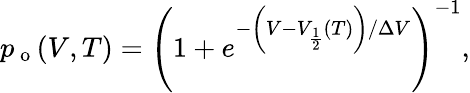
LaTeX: \begin{array}{r}{p_{\mathrm{~o~}}(V,T)=\left(1+e^{-\left(V-V_{\frac{1}{2}}(T)\right)/\Delta V}\right)^{-1},}\end{array}